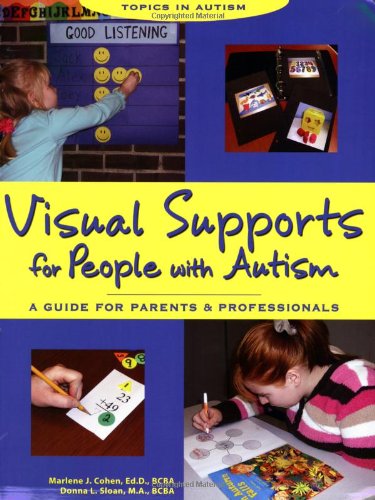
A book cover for Visual Supports for People with Autism: A Guide for Parents and Professionals (Topics in Autism); Marlene J. Cohen; Medical Books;